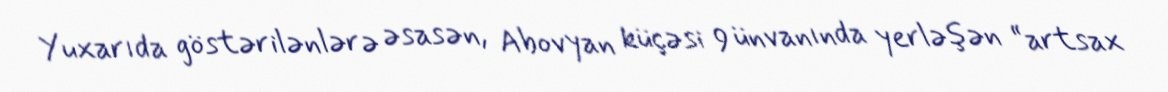
Yuxarıda göstərilənlərə əsasən, Abovyan küçəsi 9 ünvanında yerləşən “artsax